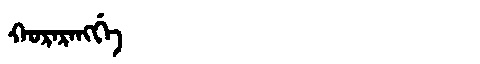
Manchu: ᡴᠣᡵᠠᡵᠠᠩᡤᡝ
Romanization: KORARANGGE